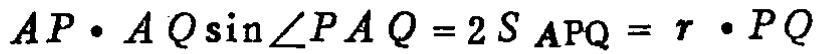
$AP\cdot AQ\sin\angle PAQ = 2S_{APQ}=r\cdot PQ$